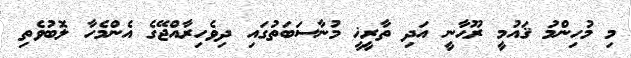
މި މުހިންމު ޤައުމީ ރޫޙާނީ އަދި ތާރީޚީ މުނާސަބަތުގައި ދިވެހިރާއްޖޭގެ އެންމެހާ ލޮބުވެތި